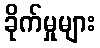
ခိုက်မှုများ